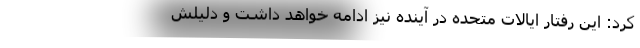
کرد: این رفتار ایالات متحده در آینده نیز ادامه خواهد داشت و دلیلش